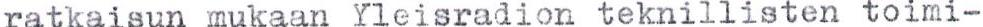
ratkaisun mukaan Yleisradion teknillisten toimi-